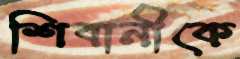
শিবানীকে